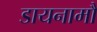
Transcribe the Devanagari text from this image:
डायनामौ